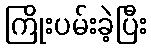
ကြိုးပမ်းခဲ့ပြီး